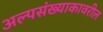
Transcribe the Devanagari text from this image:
अल्पसंख्याकावरील